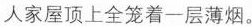
人家屋顶上全笼着一层薄烟。